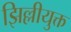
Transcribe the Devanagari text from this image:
झिल्लीयुक्त